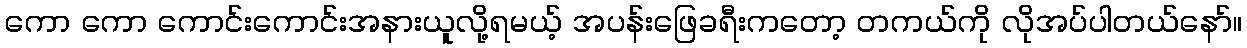
ကော ကော ကောင်းကောင်းအနားယူလို့ရမယ့် အပန်းဖြေခရီးကတော့ တကယ်ကို လိုအပ်ပါတယ်နော်။